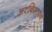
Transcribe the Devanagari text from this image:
अरबिस्तान